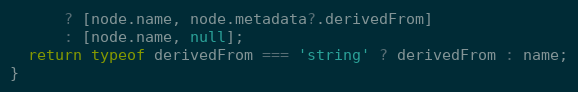
Language: JavaScript
      ? [node.name, node.metadata?.derivedFrom]
      : [node.name, null];
  return typeof derivedFrom === 'string' ? derivedFrom : name;
}